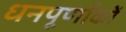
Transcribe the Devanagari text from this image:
धनपूर्णांकों